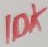
Text: 10K